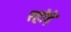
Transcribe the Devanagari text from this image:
रहोड़े